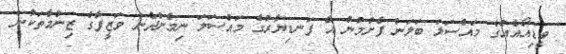
ވީޑިއޯއެއްގެ މައްސަލަ ބަލަން ފެށުމުން އެ ފަނޑިޔާރުގެ މައްސަލަ ނިމެންދެން ވަޒީފާގެ ޒިންމާތަކުން